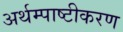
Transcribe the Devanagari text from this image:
अर्थम्पाष्टीकरण